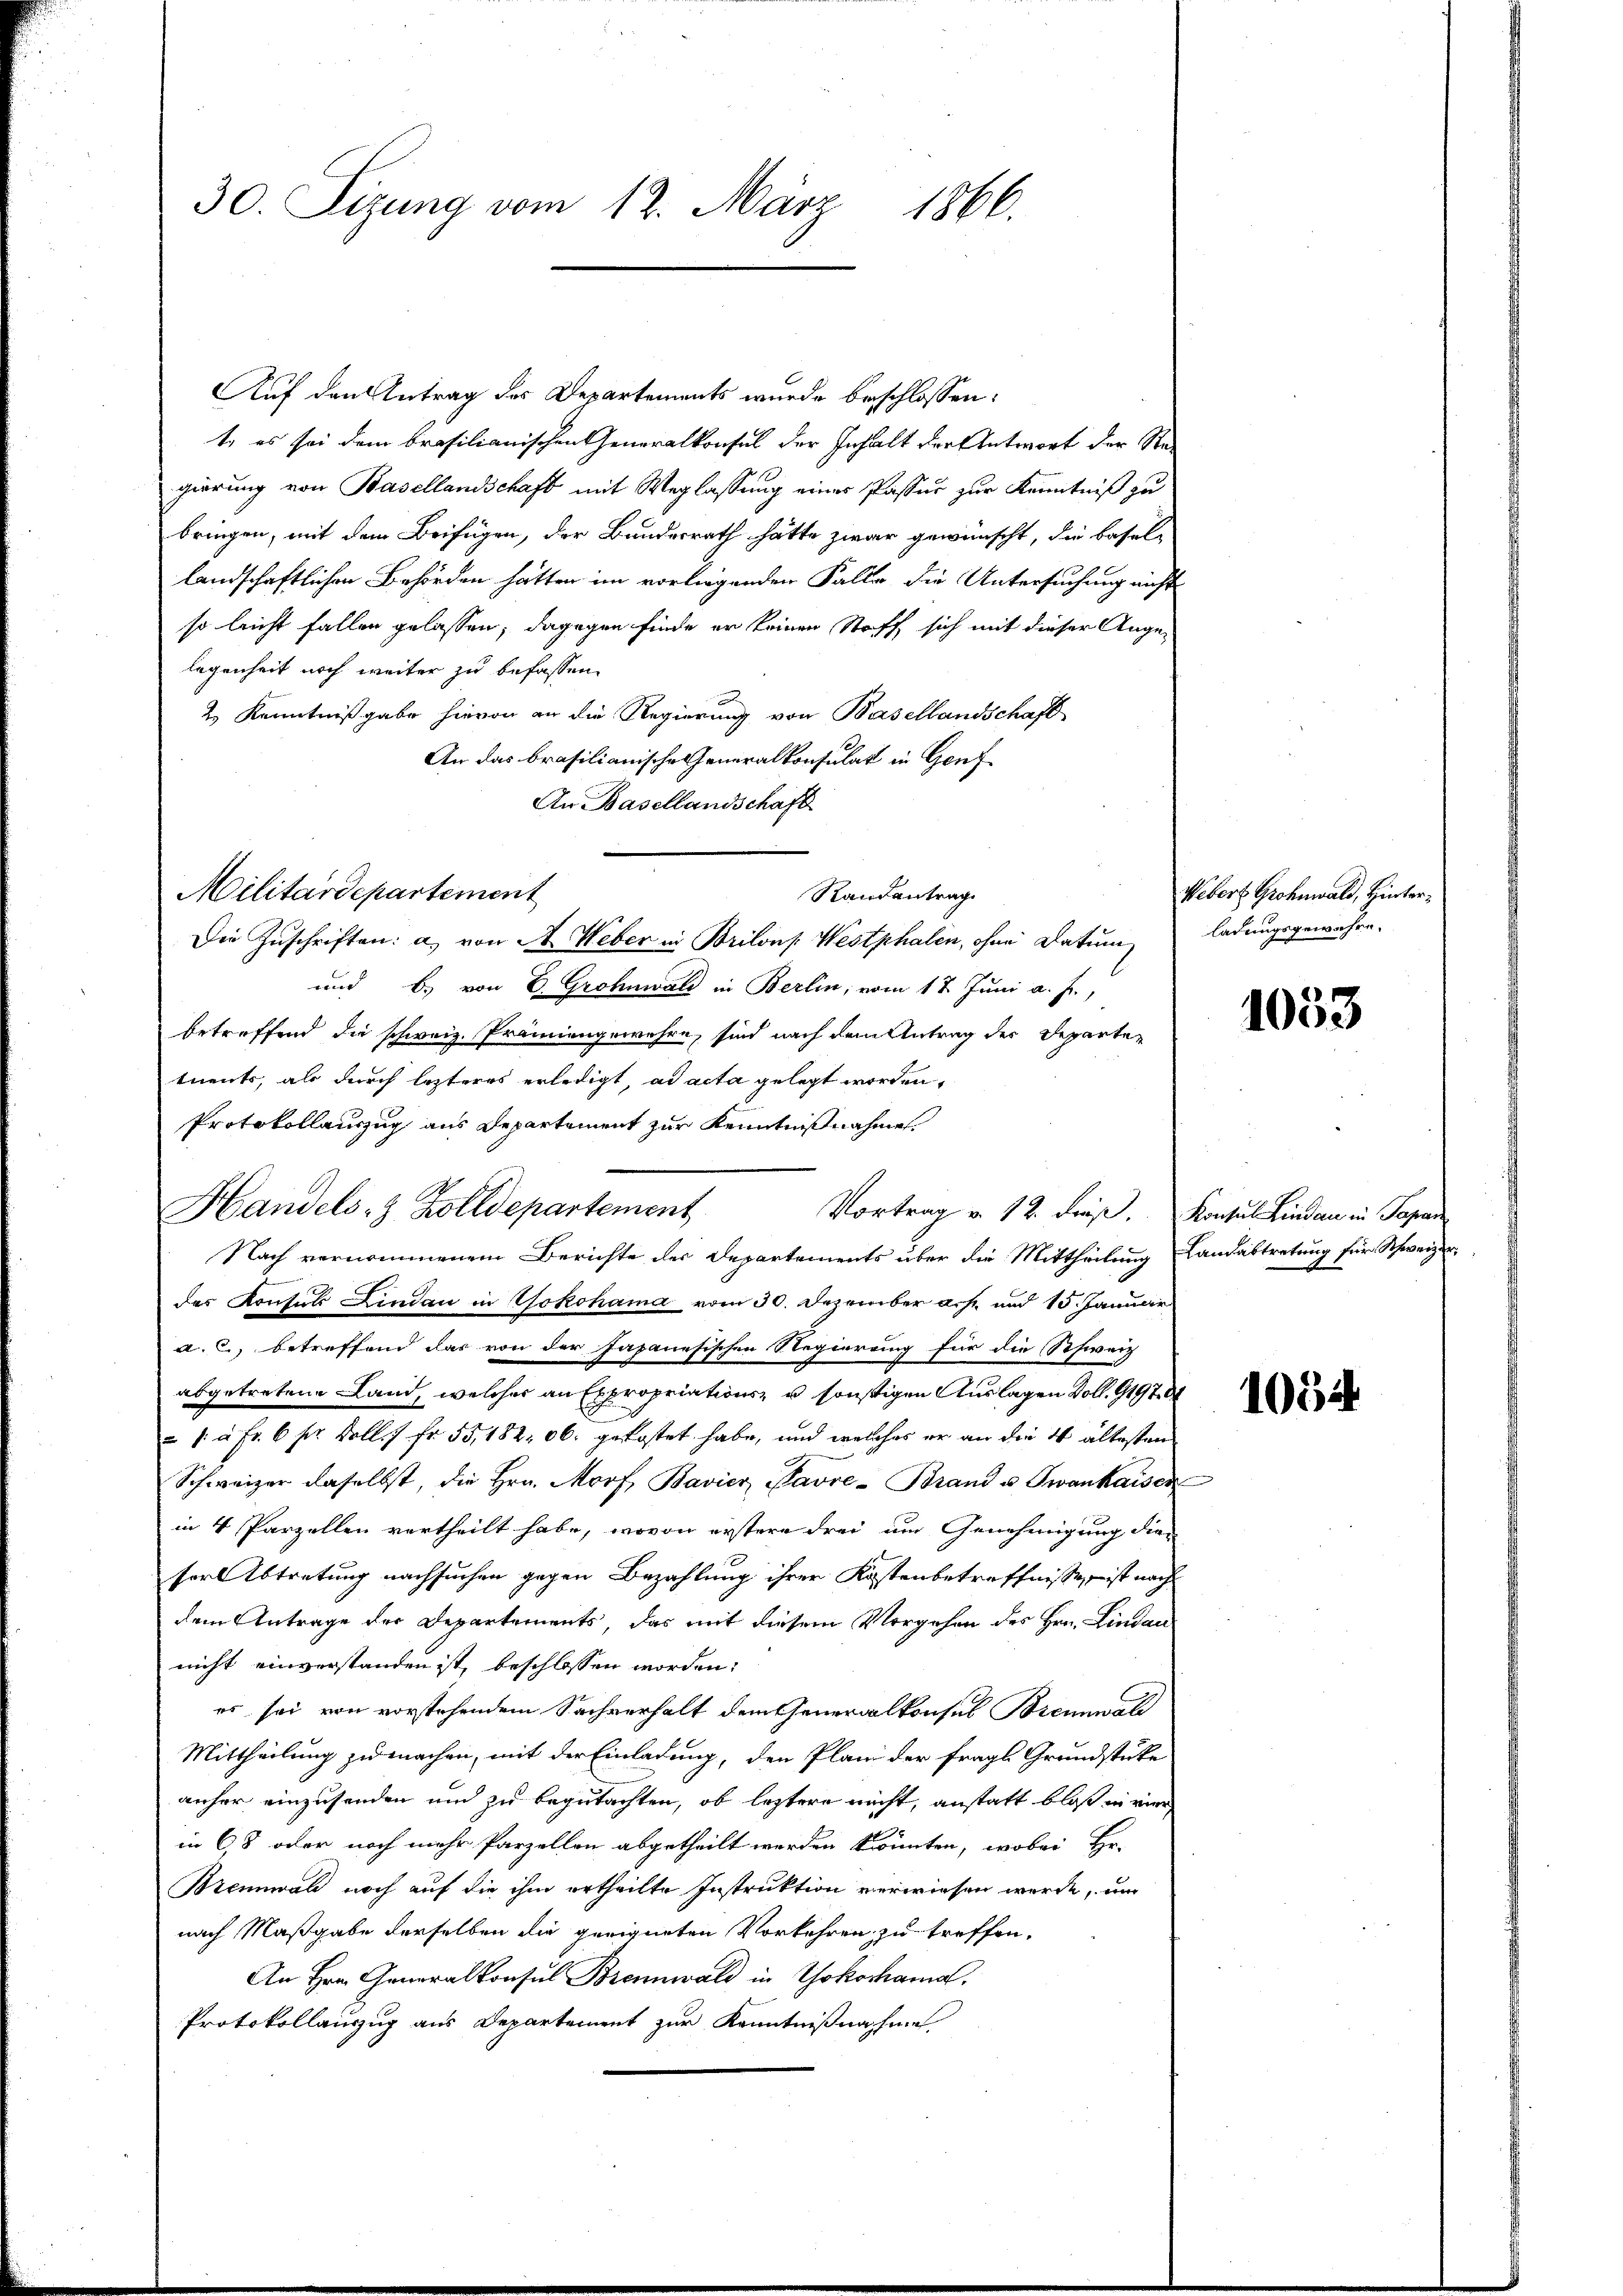
30. Sizung vom 12. März 1866.

Handels- & Zolldepartement

Auf den Antrag des Departements wurde beschlossen:
t, es sei dem brasilianischen Generalkonsul der Inhalt der Antwort der Re-
gierung von Basellandschaft mit Weglassung eines Passur zur Kenntniß zu
bringen, mit dem Beifügen, der Bundesrath hätte zwar gewünscht, die Basel-
landschaftlichen Behörden hätten im vorliegenden Falle die Untersuchung nicht
so leicht fallen gelassen, dagegen finde er keinen Stoff sich mit dieser Angelegenheit noch weiter zu befassen.
2) Kenntnißgabe hievon an die Regierung von Basellandschaft
An das brasilianische Generalkonsulat in Genf
An Basellandschaft
Militärdepartement
Die Zuschriften: a) von A. Weber in Brilons Westphalen, ohne Datum
und b.) von E. Grohnwald in Berlin, vom 17. Juni a. f.,
betreffend die schweiz. Prämiengewehre, sind nach dem Antrag der Departetnents, als durch lezteres erledigt, ad acta gelegt worden,
Protokollauszug aus Departement zur Kenntnißnahme.
Vortrag v. 12. dieß. Konsul Linden in Papan
Nach vernommenem Berichte der Departements über die Mittheilung Landabtretung für Schweizer,
das Konsuls Lindau in Yokohama vom 30. Dezember a.h. und 15. Januar
a. C. betreffend dar von der Japanesischen Regierung für die Schweiz
abgetretene Land, welcher an Expropriations- u sonstigen Auslagen Doll. 91970
/. à Fr. 6 pr. Boll. Fr. 55, 182 06. gekostet habe, und welches er an die 4 ältesten
Schweizer daselbst, die Hrn. Morf, Bavier Pavre-Brand u Twankaisen
in 4 Parzellen vertheilt habe, wovon erstere drei um Genehmigung die
sorlbtretung nachsuchen gegen Bezahlung ihrer Kostenbetreffnisse, ist nach
dem Antrage der Departements, das mit diesem Vorgehen des Hrn. Lindau
nicht einverstanden ist, beschlossen worden:
es sei von vorstehendem Sachverhalt dem Generalkonsul Brennwald
Mittheilung zu machen, mit der Einladung, den Plani der fragl. Grundstücke
anher einzusenden und zu begutachten, ob leztere nicht, anstatt bloß in vier
in 68 oder noch mehr Parzellen abgetheilt werden könnten, wobei Hr.
Brennwald noch auf die ihm ertheilte Instruktion verwiesen werde, um
nach Maßgabe derselben die geeigneten Vorkehren zu treffen.
An Hrn. Generalkonsul Brennwald in Yokohama.
Protokollauszug aus Departement zur Kenntnißnahme

Randantrag

Webers Grohnwald, Hinterladungsgewähre.

1053

1054